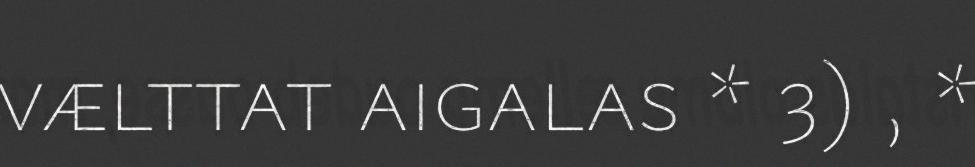
vælttat aigalas * 3) , *